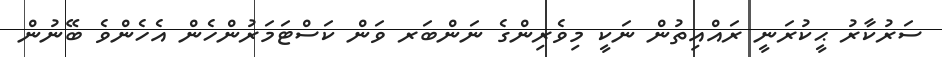
ސަރުކާރު ޙީކުރަނީ ރައްއިތުން ނަކީ މިވެރިންގެ ނަންބަރ ވަން ކަސްޓަމަރުންހެން އެހެންވެ ބޭނުން